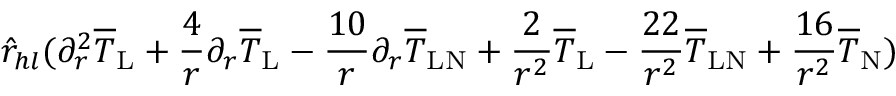
\hat { r } _ { h l } ( \partial _ { r } ^ { 2 } \overline { { T } } _ { \mathrm { L } } + \frac { 4 } { r } \partial _ { r } \overline { { T } } _ { \mathrm { L } } - \frac { 1 0 } { r } \partial _ { r } \overline { { T } } _ { \mathrm { L N } } + \frac { 2 } { r ^ { 2 } } \overline { { T } } _ { \mathrm { L } } - \frac { 2 2 } { r ^ { 2 } } \overline { { T } } _ { \mathrm { L N } } + \frac { 1 6 } { r ^ { 2 } } \overline { { T } } _ { \mathrm { N } } )